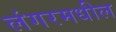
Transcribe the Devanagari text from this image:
लंगरमधील